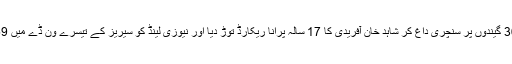
انہوں نے 2014ء کے پہلے دن صرف 36 گیندوں پر سنچری داغ کر شاہد خان آفریدی کا 17 سالہ پرانا ریکارڈ توڑ دیا اور نیوزی لینڈ کو سیریز کے تیسرے ون ڈے میں 159 رنز کی شاندار فتح سے ہمکنار کردیا۔